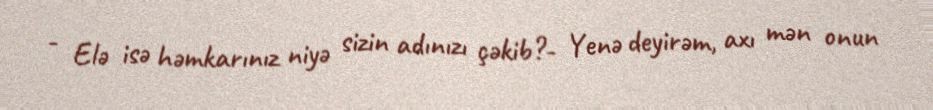
- Elə isə həmkarınız niyə sizin adınızı çəkib?- Yenə deyirəm, axı mən onun